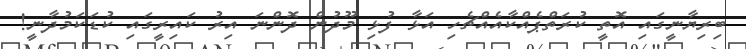
ބިރިޔާނީގައި އޮތީ ކުރަތްޕެއްކާއެއްޗެހި އަޅާ ފުޅި މޫދުން ދޮންނަ އިރު ކައިރީގައި ކުޑަކަމުދާނީ!